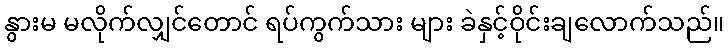
နွားမ မလိုက်လျှင်တောင် ရပ်ကွက်သား များ ခဲနှင့်ဝိုင်းချလောက်သည်။